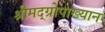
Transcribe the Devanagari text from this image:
श्रीमद्‌ग्रोपाख्यान